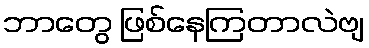
ဘာတွေ ဖြစ်နေကြတာလဲဗျ